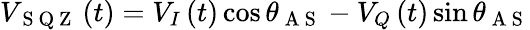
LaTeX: V_{\mathrm{~S~Q~Z~}}\left(t\right)=V_{I}\left(t\right)\cos\theta_{\mathrm{~A~S~}}-V_{Q}\left(t\right)\sin\theta_{\mathrm{~A~S~}}